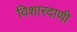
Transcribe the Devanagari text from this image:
विशारदाणी